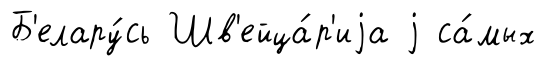
Б'елару́сь Шв'ейца́р'иjа j са́мых